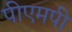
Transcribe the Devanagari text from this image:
पीएमपी